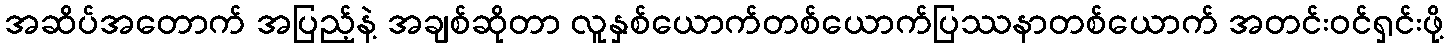
အဆိပ်အတောက် အပြည့်နဲ့ အချစ်ဆိုတာ လူနှစ်ယောက်တစ်ယောက်ပြဿနာတစ်ယောက် အတင်းဝင်ရှင်းဖို့